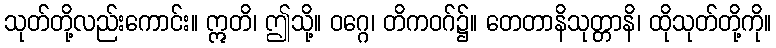
သုတ်တို့လည်းကောင်း။ ဣတိ၊ ဤသို့။ ဝဂ္ဂေ၊ တိကဝဂ်၌။ တေတာနိသုတ္တာနိ၊ ထိုသုတ်တို့ကို။